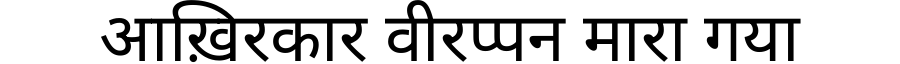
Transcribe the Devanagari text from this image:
आख़िरकार वीरप्पन मारा गया